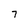
Character: 7